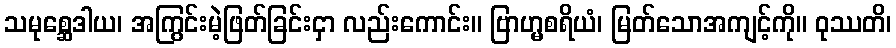
သမုစ္ဆေဒါယ၊ အကြွင်းမဲ့ဖြတ်ခြင်းငှာ လည်းကောင်း။ ဗြာဟ္မစရိယံ၊ မြတ်သောအကျင့်ကို။ ဝုဿတိ၊